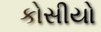
કોસીયો